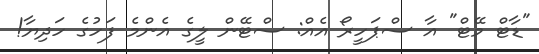
"ޑާޓް މޭޓް" އާ ސްޕަހީރޯ އެއް: ސްޓޭން ލީގެ އެންމެ ފަހުގެ ހަދިޔާ!